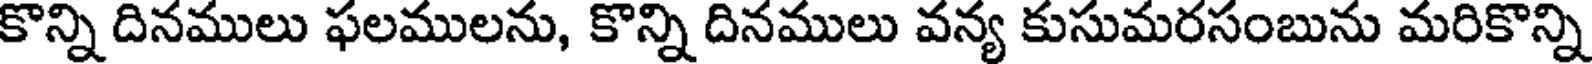
కొన్ని దినములు ఫలములను, కొన్ని దినములు వన్య కుసుమరసంబును మరికొన్ని